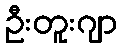
ဦးတူးဂျာ